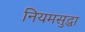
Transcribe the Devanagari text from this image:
नियमसुद्धा